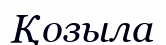
Қозыла